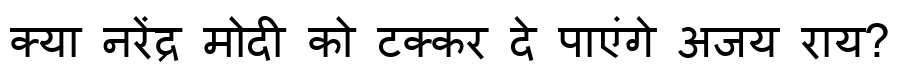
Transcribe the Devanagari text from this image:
क्या नरेंद्र मोदी को टक्कर दे पाएंगे अजय राय?